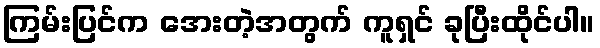
ကြမ်းပြင်က အေးတဲ့အတွက် ကူရှင် ခုပြီးထိုင်ပါ။